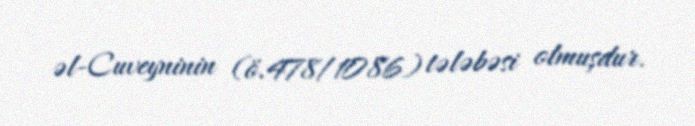
əl-Cuveyninin (ö.478/1086) tələbəsi olmuşdur.